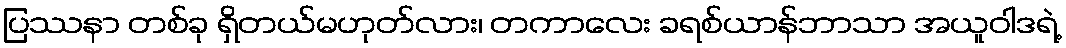
ပြဿနာ တစ်ခု ရှိတယ်မဟုတ်လား၊ တကာလေး ခရစ်ယာန်ဘာသာ အယူဝါဒရဲ့